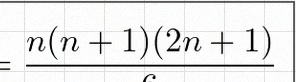
\sum_{i=1}^{n}i^2=\frac{n(n+1)(2n+1)}6